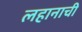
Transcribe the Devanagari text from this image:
लहानाची